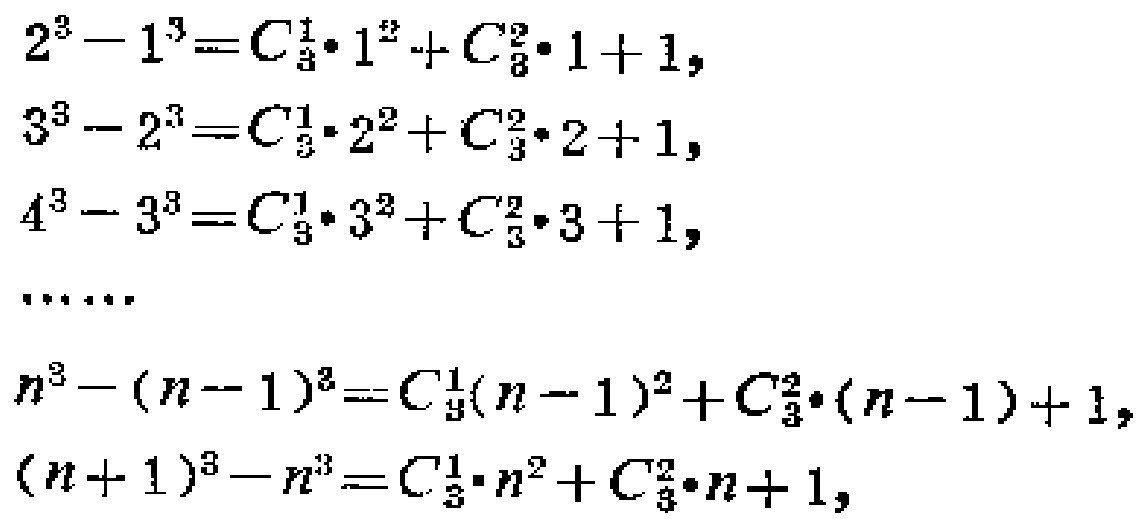
\[
\begin{align*}
2^{3}-1^{3}&=C_{3}^{1}\cdot1^{2}+C_{3}^{2}\cdot1 + 1,\\
3^{3}-2^{3}&=C_{3}^{1}\cdot2^{2}+C_{3}^{2}\cdot2 + 1,\\
4^{3}-3^{3}&=C_{3}^{1}\cdot3^{2}+C_{3}^{2}\cdot3 + 1,\\
&\cdots\cdots\\
n^{3}-(n - 1)^{3}&=C_{3}^{1}(n - 1)^{2}+C_{3}^{2}\cdot(n - 1)+ 1,\\
(n + 1)^{3}-n^{3}&=C_{3}^{1}\cdot n^{2}+C_{3}^{2}\cdot n+ 1,
\end{align*}
\]